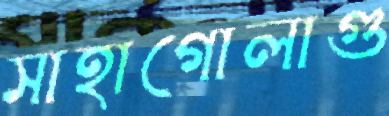
সাহাগোলাগু